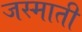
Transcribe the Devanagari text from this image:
जस्माती